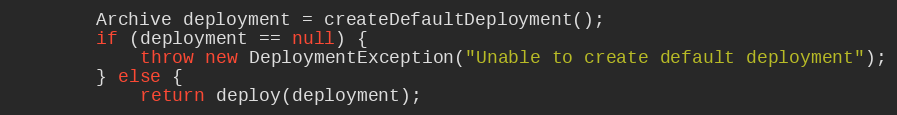
Language: Java
        Archive deployment = createDefaultDeployment();
        if (deployment == null) {
            throw new DeploymentException("Unable to create default deployment");
        } else {
            return deploy(deployment);